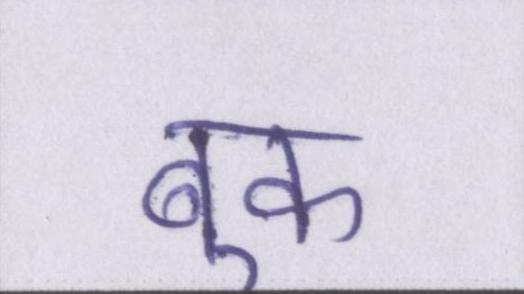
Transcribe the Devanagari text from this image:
बुक